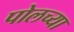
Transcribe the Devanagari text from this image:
पोलच्या